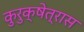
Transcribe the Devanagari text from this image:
कुरुक्षेत्रास